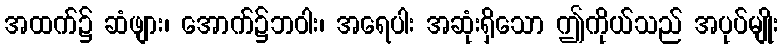
အထက်၌ ဆံဖျား၊ အောက်၌ဘဝါး၊ အရေပါး အဆုံးရှိသော ဤကိုယ်သည် အပုပ်မျိုး